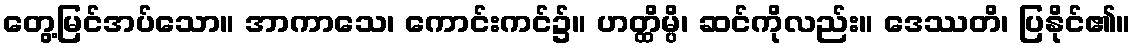
တွေ့မြင်အပ်သော။ အာကာသေ၊ ကောင်းကင်၌။ ဟတ္ထိမ္ပိ၊ ဆင်ကိုလည်း။ ဒေဿတိ၊ ပြနိုင်၏။